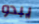
يبدو